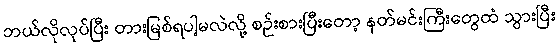
ဘယ်လိုလုပ်ပြီး တားမြစ်ရပါ့မလဲလို့ စဉ်းစားပြီးတော့ နတ်မင်းကြီးတွေထံ သွားပြီး